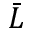
\bar { L }